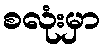
စလုံးမှာ